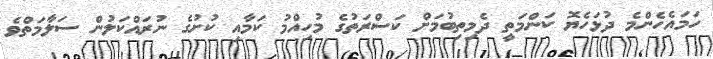
ހަމައެހެންމެ ދުޅަހެޔޮ ކަންމަތީ ދެމިތިބުމަށް ކަސްރަތުގެ މުހިއްމު ކަމާއި ކުށުގެ ނުރައްކަލުން ސަލާމަތްވެ